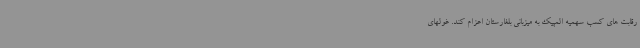
رقابت های کسب سهمیه المپیک به میزبانی بلغارستان اعزام کند. غولهای